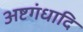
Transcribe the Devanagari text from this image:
अष्टगंधादि